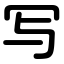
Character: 写